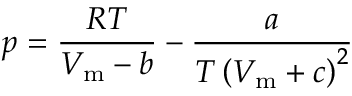
p = { \frac { R T } { V _ { \mathrm { m } } - b } } - { \frac { a } { T \left( V _ { \mathrm { m } } + c \right) ^ { 2 } } }